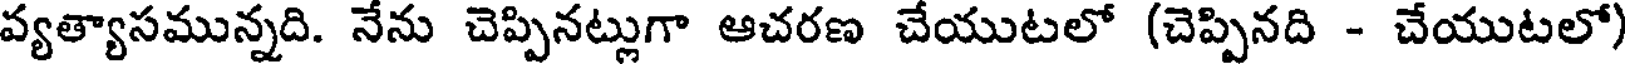
వ్యత్యాసమున్నది. నేను చెప్పినట్లుగా ఆచరణ చేయుటలో (చెప్పినది - చేయుటలో)